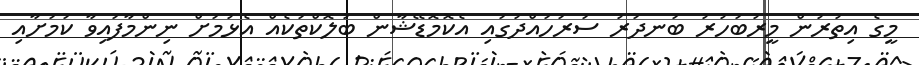
މީގެ އިތުރުން މީރުބަހުރު ބަނދަރު ސަރަހައްދުގައި އެކޮމޮޑޭޝާން ބުލޮކްތަކެއް އެޅުމަށް ނިންމާފައިވާ ކަމަށާއި